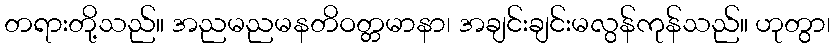
တရားတို့သည်။ အညမညမနတိဝတ္တမာနာ၊ အချင်းချင်းမလွန်ကုန်သည်။ ဟုတွာ၊